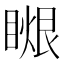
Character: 𥉤